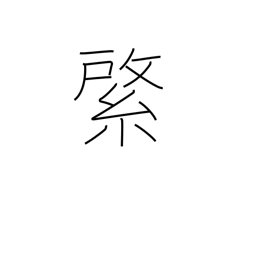
Meaning: emblem on banner